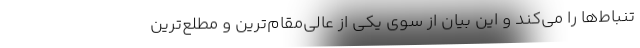
تنباط‌ها را می‌کند و این بیان از سوی یکی از عالی‌مقام‌ترین و مطلع‌ترین